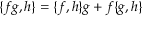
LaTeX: \{ f g , h \} = \{ f , h \} g + f \{ g , h \}